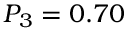
P _ { 3 } = 0 . 7 0